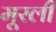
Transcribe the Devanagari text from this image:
मूरली